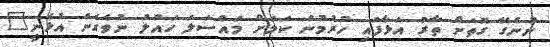
ނުނެގޭ ގޮތަށް ތާރު އަޅާފައި ހުރުމުން ކަމަށް މައްސަލަ ހައްލު ނުވެގެން އުޅެނީ"